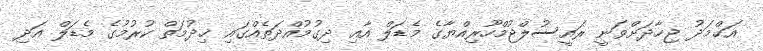
އަޙްމަދު ޖިހާދަށްވަނީ ރައީސުލްޖުމްހޫރިއްޔާގެ މެޑަލް އާއި ދިގުމުއްދަތެއްގައި ޚިދުމަތް ކުރުމުގެ މެޑަލް އަދި